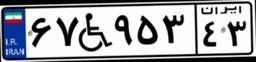
۶۷W۹۵۳۴۳